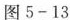
图5-13